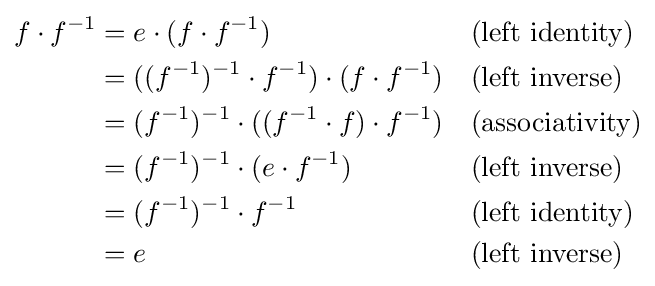
{\begin{aligned}f\cdot f^{-1}&=e\cdot (f\cdot f^{-1})&&{\text{(left identity)}}\\&=((f^{-1})^{-1}\cdot f^{-1})\cdot (f\cdot f^{-1})&&{\text{(left inverse)}}\\&=(f^{-1})^{-1}\cdot ((f^{-1}\cdot f)\cdot f^{-1})&&{\text{(associativity)}}\\&=(f^{-1})^{-1}\cdot (e\cdot f^{-1})&&{\text{(left inverse)}}\\&=(f^{-1})^{-1}\cdot f^{-1}&&{\text{(left identity)}}\\&=e&&{\text{(left inverse)}}\end{aligned}}